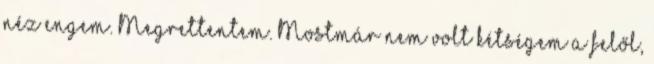
néz engem. Megrettentem. Mostmár nem volt kétségem a felől,